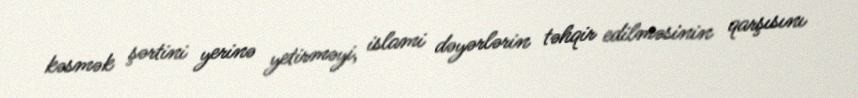
kəsmək şərtini yerinə yetirməyi, islami dəyərlərin təhqir edilməsinin qarşısını